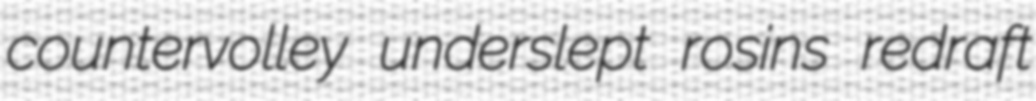
countervolley underslept rosins redraft